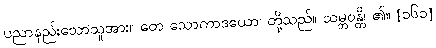
ပညာနည်းသောသူအား။ တေ သောကာဒယော၊ တို့သည်။ သမ္ဘဝန္တိ၊ ၏။ [၁၆၁]